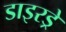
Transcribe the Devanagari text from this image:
डाइरड्रे